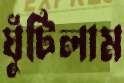
ঘুঁটিলাম